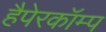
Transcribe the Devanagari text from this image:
हैपेरकॉम्प